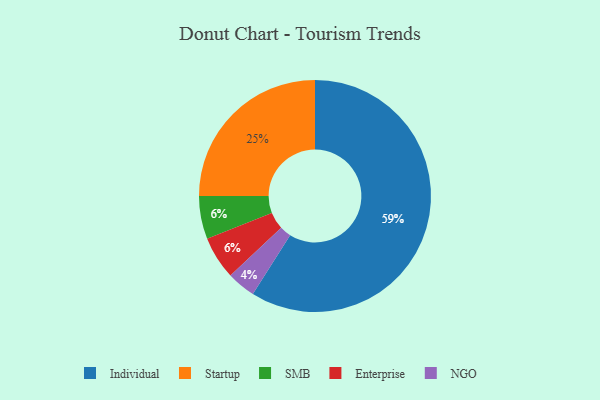
{"axis": {"x": "Category", "y": "Percentage"}, "legend": ["Enterprise", "Individual", "NGO", "SMB", "Startup"], "data": [{"x": "Individual", "y": 59, "type": "Individual"}, {"x": "SMB", "y": 6, "type": "SMB"}, {"x": "Enterprise", "y": 6, "type": "Enterprise"}, {"x": "NGO", "y": 4, "type": "NGO"}, {"x": "Startup", "y": 25, "type": "Startup"}]}